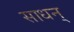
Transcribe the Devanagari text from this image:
साधन्